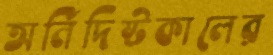
অর্নিদিষ্টকালের